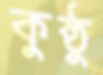
কুষ্ঠু